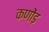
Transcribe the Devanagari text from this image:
कणोंड़